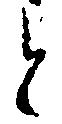
と